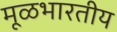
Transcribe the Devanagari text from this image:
मूळभारतीय